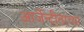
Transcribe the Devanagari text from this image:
आर्जेन्टीनाच्या